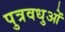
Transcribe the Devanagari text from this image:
पुत्रवधुओं